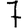
Digit: 7